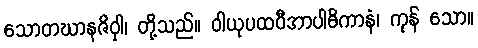
သောတဃာနဇိဝှါ၊ တို့သည်။ ဝါယုပထဝီအာပါဓိကာနံ၊ ကုန် သော။